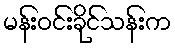
မန်းဝင်းခိုင်သန်းက